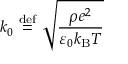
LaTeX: k _ { 0 } \ { \stackrel { \mathrm { d e f } } { = } } \ { \sqrt { \frac { \rho e ^ { 2 } } { \varepsilon _ { 0 } k _ { \mathrm { B } } T } } }